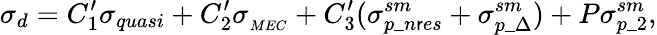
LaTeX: \sigma_{d}=C_{1}^{\prime}\sigma_{quasi}+C_{2}^{\prime}\sigma_{_{MEC}}+C_{3}^{\prime}(\sigma_{p\_ n\mathsf{r}es}^{sm}+\sigma_{p\_ \Delta}^{sm})+P\sigma_{p\_ 2}^{sm},